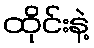
ထိုင်းနဲ့